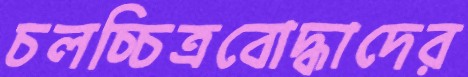
চলচ্চিত্রবোদ্ধাদের